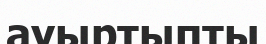
ауыртыпты